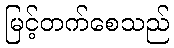
မြင့်တက်စေသည်